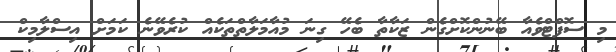
މި ސޮފްޓްވެއާ ބޭނުންކޮށްގެން ޒަކާތާ ބެހޭ ގިނަ މުއާމަލާތްތަކެއް ކުރެވޭނެ ކަމަށް އިސްލާމިކް